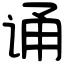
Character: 诵